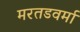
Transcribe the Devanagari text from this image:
मरतडवर्मा